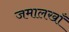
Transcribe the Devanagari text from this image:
जमालखाँ